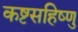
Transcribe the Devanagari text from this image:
कष्टसहिष्णु